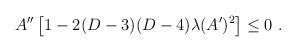
\begin{align*}A^{\prime\prime}\left[1-2(D-3)(D-4)\lambda(A^\prime)^2\right]\leq 0~.\end{align*}